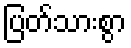
ပြတ်သားစွာ